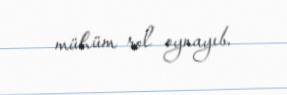
mühüm rol oynayıb.